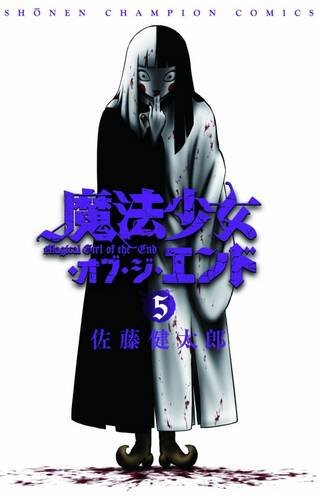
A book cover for Magical Girl Apocalypse Vol. 5; Kentaro Sato; Comics & Graphic Novels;